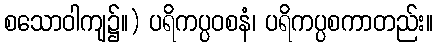
စသောဝါကျ၌။) ပရိကပ္ပဝစနံ၊ ပရိကပ္ပစကာတည်း။